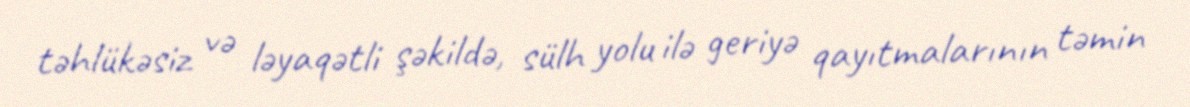
təhlükəsiz və ləyaqətli şəkildə, sülh yolu ilə geriyə qayıtmalarının təmin